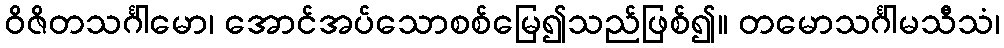
ဝိဇိတသင်္ဂါမော၊ အောင်အပ်သောစစ်မြေ၍သည်ဖြစ်၍။ တမောသင်္ဂါမသီသံ၊